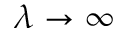
\lambda \rightarrow \infty